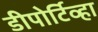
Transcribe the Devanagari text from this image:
डीपोर्टिव्हा